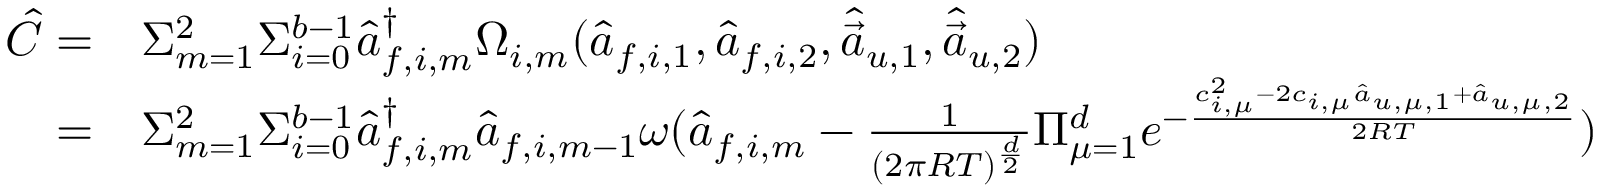
\begin{array} { r l } { \hat { C } = } & { { } \Sigma _ { m = 1 } ^ { 2 } \Sigma _ { i = 0 } ^ { b - 1 } \hat { a } _ { f , i , m } ^ { \dagger } \Omega _ { i , m } ( \hat { a } _ { f , i , 1 } , \hat { a } _ { f , i , 2 } , \hat { \vec { a } } _ { u , 1 } , \hat { \vec { a } } _ { u , 2 } ) } \\ { = } & { { } \Sigma _ { m = 1 } ^ { 2 } \Sigma _ { i = 0 } ^ { b - 1 } \hat { a } _ { f , i , m } ^ { \dagger } \hat { a } _ { f , i , m - 1 } \omega ( \hat { a } _ { f , i , m } - \frac { 1 } { ( 2 \pi R T ) ^ { \frac { d } { 2 } } } \Pi _ { \mu = 1 } ^ { d } e ^ { - \frac { c _ { i , \mu } ^ { 2 } - 2 c _ { i , \mu } \hat { a } _ { u , \mu , 1 } + \hat { a } _ { u , \mu , 2 } } { 2 R T } } ) } \end{array}